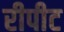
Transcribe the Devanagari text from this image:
रीपीट